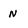
Character: N